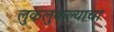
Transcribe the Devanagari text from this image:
लुकलुकल्याचा